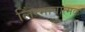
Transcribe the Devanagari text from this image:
लिंग्भावात्मक